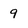
Character: 9